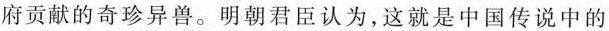
府贡献的奇珍异兽。明朝君臣认为，这就是中国传说中的